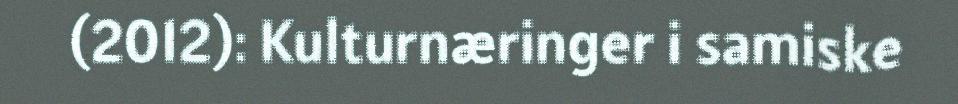
(2012): Kulturnæringer i samiske